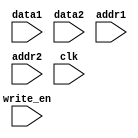
// Bradley Manzo
// 916953788
// June 6, 2022
// Prof Hussain Al-Asaad


module DUALRAMOUTPUT(

	// 19 bit C Matrix Output
	input	signed [18:0] data1,
	input	signed [18:0] data2,
	
	// 64 addresses needs a 6 bit index
	input [5:0] addr1,
	input [5:0] addr2,
	
	input write_en,
	input clk
);

// Each address has a width of 19 bits
// 64 Matrix elements of 19 bits each
reg signed [18:0] mem [63:0];

always @(posedge clk)
begin
	if (write_en == 1'd1) begin
		mem[addr1] <= data1;
		mem[addr2] <= data2;
	end
end

		
endmodule